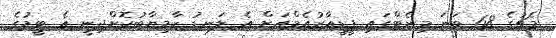
މެޗުގެ 68 ވަނަ މިނެޓްގައި ޕީޑީއާރުއެމްއަށް އެ ލަނޑު ކާމިޔާބުކޮށްދިނީ އެ ޓީމުގެ